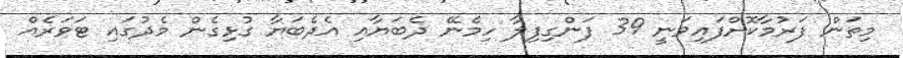
މިތަން ފަރުމާކޮށްފައިވަނީ 39 ފަންގިފިލާ ހިމެނޭ ދެބަޔާއި އެދެބަޔާ ގުޅިގެން މެދުގައި ޓަވަރެއް